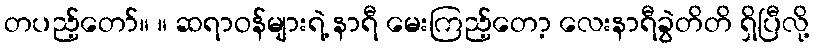
တပည့်တော်။ ။ ဆရာဝန်များရဲ့ နာရီ မေးကြည့်တော့ လေးနာရီခွဲတိတိ ရှိပြီလို့